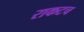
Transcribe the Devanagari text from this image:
राकटच